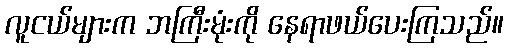
လူငယ်များက ဘကြီးမုံးကို နေရာဖယ်ပေးကြသည်။